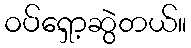
ဝပ်ရှော့ဆွဲတယ်။